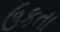
ઉકતા